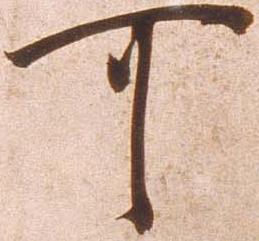
可